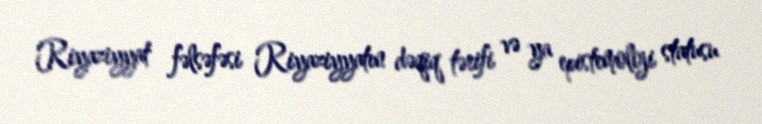
Riyaziyyat fəlsəfəsi Riyaziyyatın dəqiq tərifi və ya epistemoloji statusu